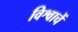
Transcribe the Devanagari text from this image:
विश्वाचें